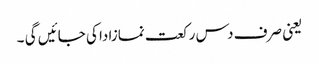
یعنی صرف دس رکعت نمازادا کی جائیں گی ۔